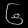
Digit: ၆